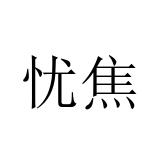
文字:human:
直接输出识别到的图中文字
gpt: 忧焦